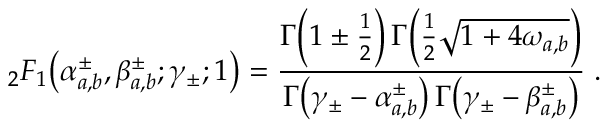
_ { 2 } F _ { 1 } \! \left( \alpha _ { a , b } ^ { \pm } , \beta _ { a , b } ^ { \pm } ; \gamma _ { \pm } ; 1 \right) = \frac { \Gamma \! \left( 1 \pm \frac { 1 } { 2 } \right) \Gamma \! \left( \frac { 1 } { 2 } \sqrt { 1 + 4 \omega _ { a , b } } \right) } { \Gamma \! \left( \gamma _ { \pm } - \alpha _ { a , b } ^ { \pm } \right) \Gamma \! \left( \gamma _ { \pm } - \beta _ { a , b } ^ { \pm } \right) } \; .